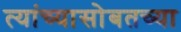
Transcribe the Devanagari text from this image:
त्यांच्यासोबतच्या